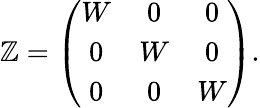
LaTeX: \mathbb{Z}=\left(\begin{array}{ccc}{{W}}&{{0}}&{{0}}\\ {{0}}&{{W}}&{{0}}\\ {{0}}&{{0}}&{{W}}\end{array}\right).